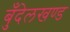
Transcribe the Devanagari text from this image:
बुँदेलखण्ड